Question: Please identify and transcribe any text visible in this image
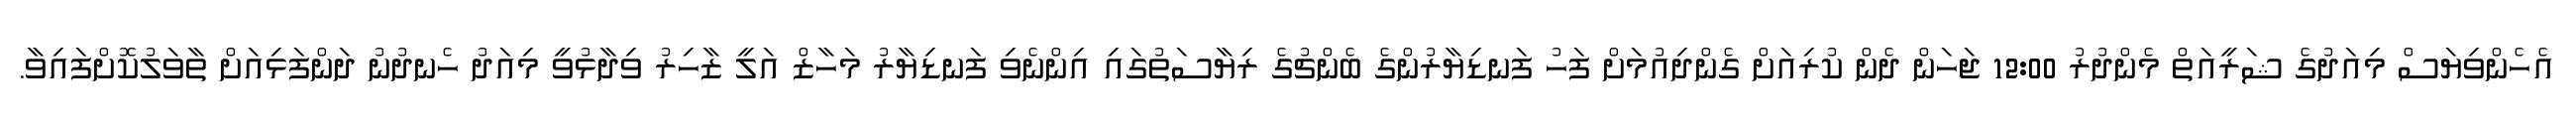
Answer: އެހެންވިޔަސް މިއަދުގެ ޝަރީއަތް މެންދުރު 12:00 ޖަހަން ދެން ކުރިއަށް ގެންދިއުމަށް ފަހު ފަނޑިޔާރުންގެ ބެންޗުގެ ރިޔާސަތުގައި އިންނެވި ފަނޑިޔާރު މަހާޒް އަލީ ޒާހިރު ވިދާޅުވީ މިއަދު ހެނދުނު ދަންފަޅިއަށް ތާވަލުކޮށްފައިވާ.